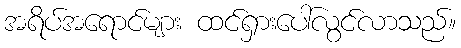
အရိပ်အရောင်များ ထင်ရှားပေါ်လွင်လာသည်။